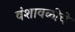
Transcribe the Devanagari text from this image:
वंशावळीचे